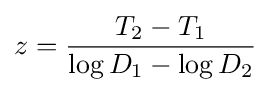
z={\frac {T_{2}-T_{1}}{\log D_{1}-\log D_{2}}}